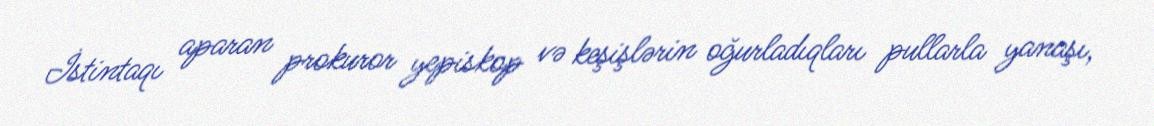
İstintaqı aparan prokuror yepiskop və keşişlərin oğurladıqları pullarla yanaşı,